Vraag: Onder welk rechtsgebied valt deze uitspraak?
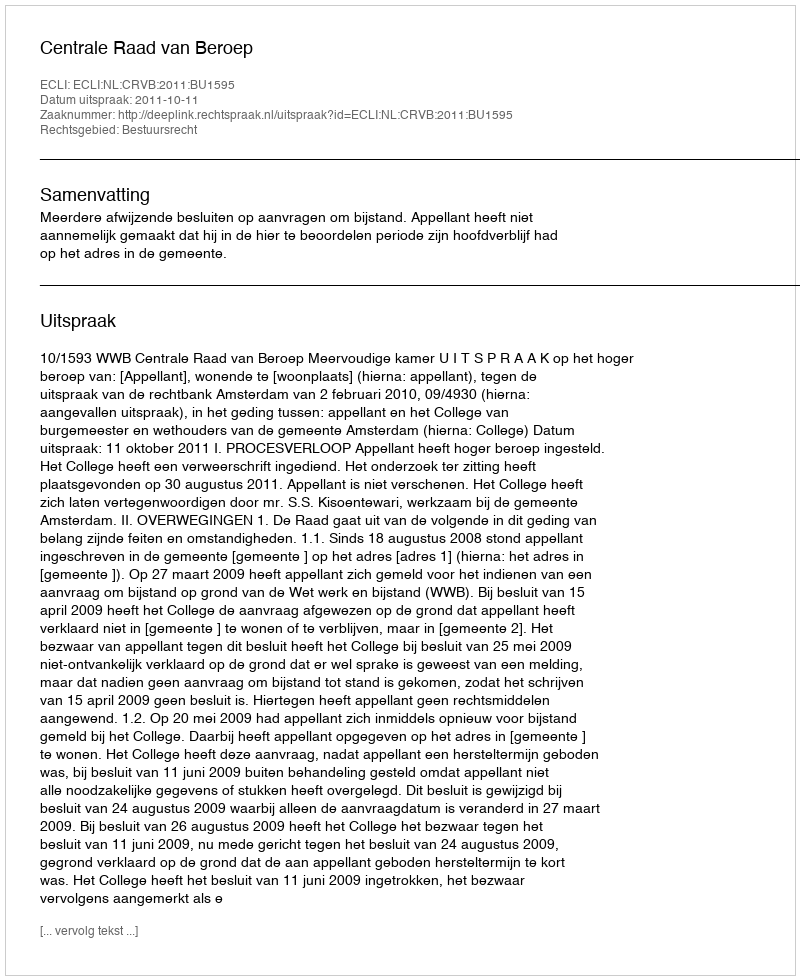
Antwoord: Bestuursrecht